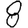
Digit: 8